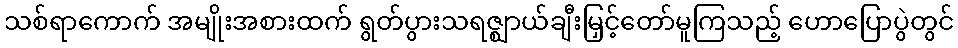
သစ်ရာကောက် အမျိုးအစားထက် ရွတ်ပွားသရဇ္ဈာယ်ချီးမြှင့်တော်မူကြသည့် ဟောပြောပွဲတွင်